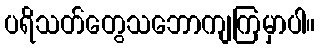
ပရိသတ်တွေသဘောကျကြမှာပါ။